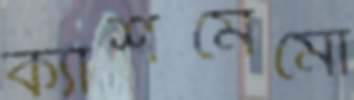
ক্যাশমেমো